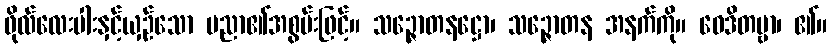
ဖိုလ်လေးပါးနှင့်ယှဉ်သော ပညာ၏အစွမ်းဖြင့်။ သဉ္ဇောတနဋ္ဌော၊ သဉ္ဇောတန အနက်ကို။ ဝေဒိတဗ္ဗာ၊ ၏။